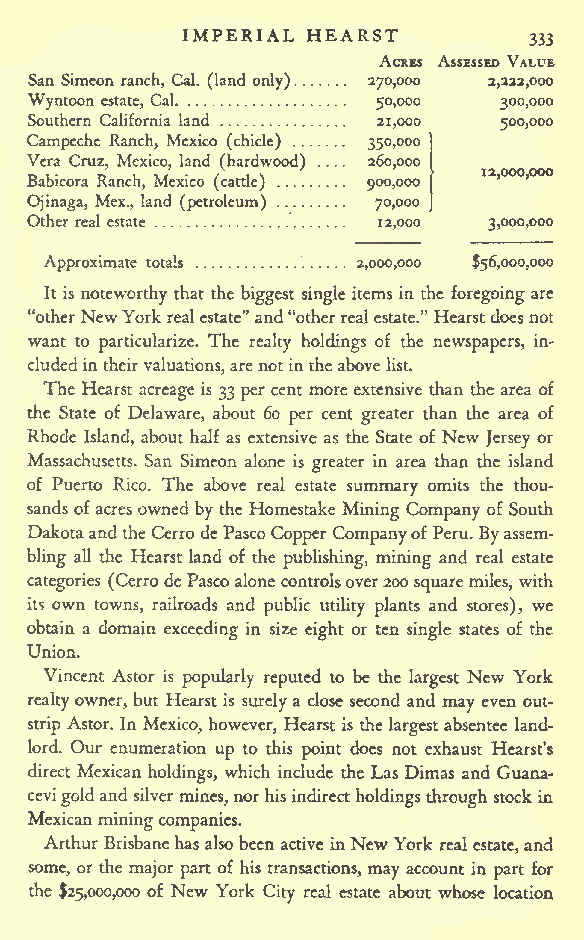
IMPERIAL HEARST
 333
 ACRES ASSESSED VALUE
 San Simeon ranch, Cal. (land only) 270,000 2,222,000
 Wyntoon estate, Cal    50,000  300,000
 Southern California land 21,000 500,000
 Campeche Ranch, Mexico (chicle) 350,000
 V Brae br iia coC rr auz Rn, anM ce hx L ,ic Mo e/, xila cn od (/( cah ta tr li ed )\wood) . 92 06 00 ,, 00 00 00 12,000,000
 Ojinaga, Mex., land (petroleum) 70,000
 Other real estate      12,000 3,000,000
 Approximate totals   2,000,000 $56,000,000
 It is noteworthy that the biggest single items in the foregoing are
 "otherNewYorkrealestate" and"otherrealestate." Hearstdoesnot
 want to particularize. The realty holdings of the newspapers, in-
 cludedintheirvaluations,are notintheabovelist.
 The Hearst acreage is 33 per cent more extensive than the area of
 the State of Delaware, about 60 per cent greater than the area of
 Rhode Island, about half as extensive as the State of New Jersey or
 Massachusetts. San Simeon alone is greater in area than the island
 of Puerto Rico. The above real estate summary omits the thou-
 sands ofacresowned by the Homestake Mining Company of South
 Dakotaandthe CerrodePascoCopper CompanyofPeru. Byassem-
 bling all the Hearst land of the publishing, mining and real estate
 categories (Cerro dePascoalone controlsover200 squaremiles, with
 its own towns, railroads and public utility plants and stores), we
 obtain a domain exceeding in size eight or ten single states of the
 Union.
 Vincent Astor is popularly reputed to be the largest New York
 realtyowner, but Hearst is surely a close second and may even out-
 strip Astor. In Mexico, however, Hearst is thelargestabsentee land-
 lord. Our enumeration up to this point does not exhaust Hearst's
 direct Mexican holdings, which include the Las Dimas and Guana-
 cevigoldand silver mines,norhisindirectholdingsthrough stock in
 Mexicanminingcompanies.
 Arthur Brisbanehasalsobeen active inNewYork real estate,and
 some, or the major part of his transactions, may account in part for
 the $25,000,000 of New York City real estate about whose location